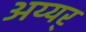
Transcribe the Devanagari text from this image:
अय्यर्